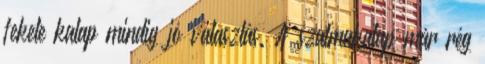
fekete kalap mindig jó választás. A szalmakalap már rég